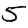
Digit: 5